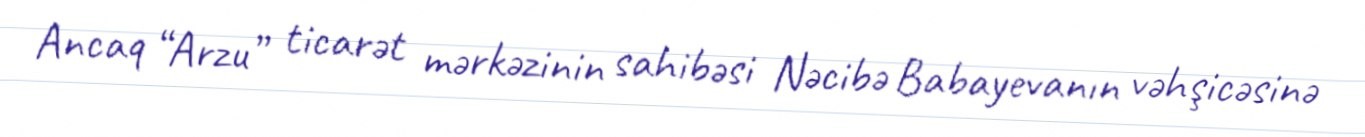
Ancaq “Arzu” ticarət mərkəzinin sahibəsi Nəcibə Babayevanın vəhşicəsinə